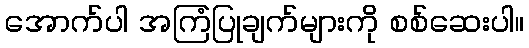
အောက်ပါ အကြံပြုချက်များကို စစ်ဆေးပါ။